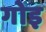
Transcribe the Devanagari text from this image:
गोइ